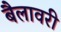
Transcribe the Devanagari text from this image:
बैलावरी